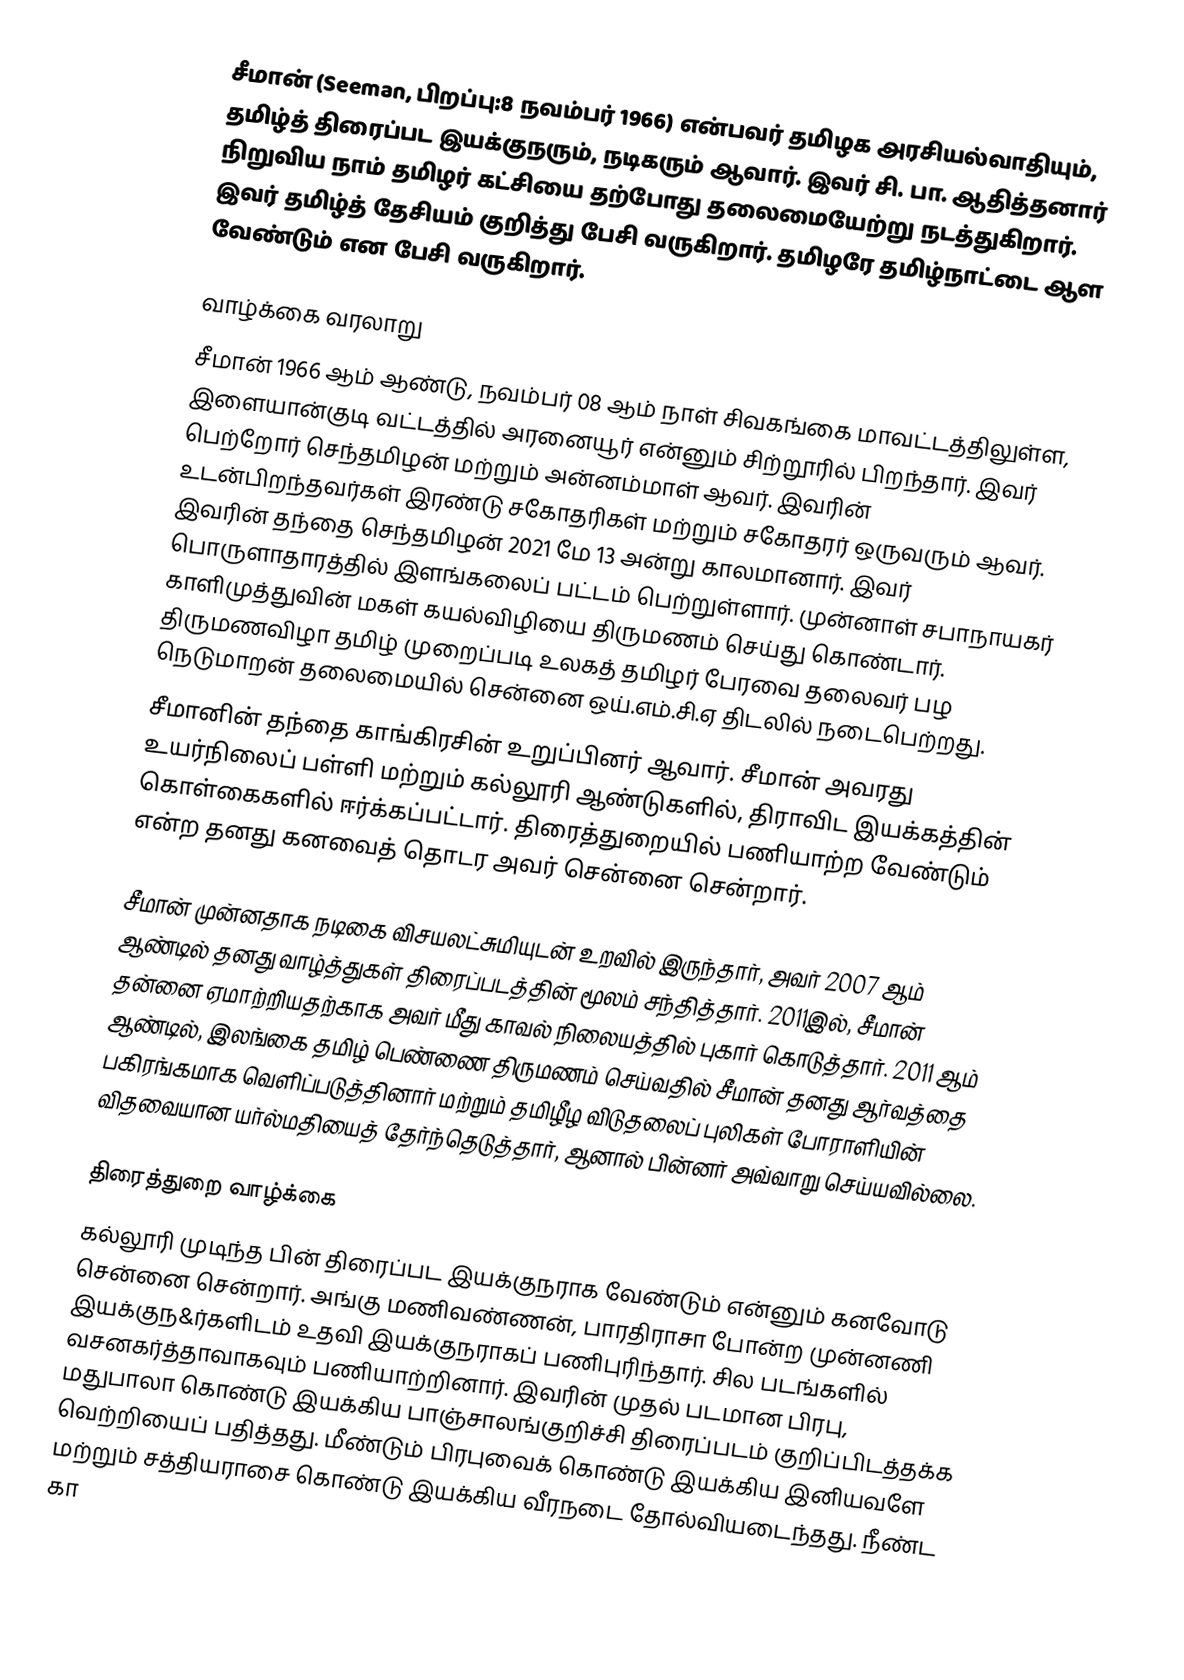
சீமான் (Seeman, பிறப்பு:8 நவம்பர் 1966) என்பவர் தமிழக அரசியல்வாதியும், தமிழ்த் திரைப்பட இயக்குநரும், நடிகரும் ஆவார். இவர் சி. பா. ஆதித்தனார் நிறுவிய நாம் தமிழர் கட்சியை தற்போது தலைமையேற்று நடத்துகிறார். இவர் தமிழ்த் தேசியம் குறித்து பேசி வருகிறார். தமிழரே தமிழ்நாட்டை ஆள வேண்டும் என பேசி வருகிறார்.

வாழ்க்கை வரலாறு
சீமான் 1966 ஆம் ஆண்டு, நவம்பர் 08 ஆம் நாள் சிவகங்கை மாவட்டத்திலுள்ள, இளையான்குடி வட்டத்தில் அரனையூர் என்னும் சிற்றூரில் பிறந்தார். இவர் பெற்றோர் செந்தமிழன் மற்றும் அன்னம்மாள் ஆவர். இவரின் உடன்பிறந்தவர்கள் இரண்டு சகோதரிகள் மற்றும் சகோதரர் ஒருவரும் ஆவர். இவரின் தந்தை செந்தமிழன் 2021 மே 13 அன்று காலமானார். இவர் பொருளாதாரத்தில் இளங்கலைப் பட்டம் பெற்றுள்ளார். முன்னாள் சபாநாயகர் காளிமுத்துவின் மகள் கயல்விழியை திருமணம் செய்து கொண்டார். திருமணவிழா தமிழ் முறைப்படி உலகத் தமிழர் பேரவை தலைவர் பழ நெடுமாறன் தலைமையில் சென்னை ஒய்.எம்.சி.ஏ திடலில் நடைபெற்றது.
சீமானின் தந்தை காங்கிரசின் உறுப்பினர் ஆவார். சீமான் அவரது உயர்நிலைப் பள்ளி மற்றும் கல்லூரி ஆண்டுகளில், திராவிட இயக்கத்தின் கொள்கைகளில் ஈர்க்கப்பட்டார். திரைத்துறையில் பணியாற்ற வேண்டும் என்ற தனது கனவைத் தொடர அவர் சென்னை சென்றார்.

சீமான் முன்னதாக நடிகை விசயலட்சுமியுடன் உறவில் இருந்தார், அவர் 2007 ஆம் ஆண்டில் தனது வாழ்த்துகள் திரைப்படத்தின் மூலம் சந்தித்தார். 2011இல், சீமான் தன்னை ஏமாற்றியதற்காக அவர் மீது காவல் நிலையத்தில் புகார் கொடுத்தார். 2011 ஆம் ஆண்டில், இலங்கை தமிழ் பெண்ணை திருமணம் செய்வதில் சீமான் தனது ஆர்வத்தை பகிரங்கமாக வெளிப்படுத்தினார் மற்றும் தமிழீழ விடுதலைப் புலிகள் போராளியின் விதவையான யர்ல்மதியைத் தேர்ந்தெடுத்தார், ஆனால் பின்னர் அவ்வாறு செய்யவில்லை.

திரைத்துறை வாழ்க்கை
கல்லூரி முடிந்த பின் திரைப்பட இயக்குநராக வேண்டும் என்னும் கனவோடு சென்னை சென்றார். அங்கு மணிவண்ணன், பாரதிராசா போன்ற முன்னணி இயக்குந&ர்களிடம் உதவி இயக்குநராகப் பணிபுரிந்தார். சில படங்களில் வசனகர்த்தாவாகவும் பணியாற்றினார். இவரின் முதல் படமான பிரபு, மதுபாலா கொண்டு இயக்கிய பாஞ்சாலங்குறிச்சி திரைப்படம் குறிப்பிடத்தக்க வெற்றியைப் பதித்தது. மீண்டும் பிரபுவைக் கொண்டு இயக்கிய இனியவளே மற்றும் சத்தியராசை கொண்டு இயக்கிய வீரநடை தோல்வியடைந்தது. நீண்ட கா